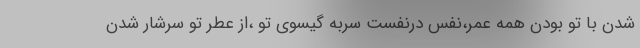
شدن با تو بودن همه عمر،نفس درنفست سربه گیسوی تو ،از عطر تو سرشار شدن